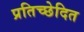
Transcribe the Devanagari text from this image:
प्रतिच्छेदित